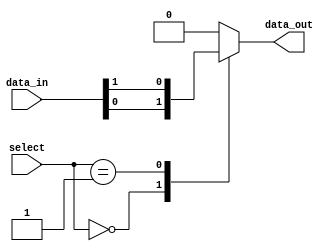
module mux_32to1 (
    input [31:0] data_in, // 32 data inputs
    input [4:0] select, // 5-bit select input
    output reg data_out // single output
);

reg [31:0] mux_output;

always @(*) begin
    case (select)
        5'b00000: mux_output = data_in[0];
        5'b00001: mux_output = data_in[1];
        // add cases for each input signal up to 32
        // e.g. 5'b11111: mux_output = data_in[31];
        default: mux_output = 32'b0; // default to 0 if select signal is invalid
    endcase
end

assign data_out = mux_output;

endmodule